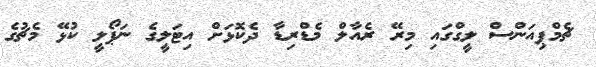
ޗެމްޕިއަންސް ލީގްގައި މިރޭ ރެއާލް މެޑްރިޑާ ދެކޮޅަށް އިޓަލީގެ ނަޕޯލީ ކުޅޭ މެޗުގެ